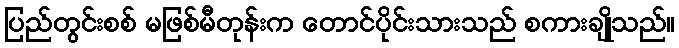
ပြည်တွင်းစစ် မဖြစ်မီတုန်းက တောင်ပိုင်းသားသည် စကားချိုသည်။